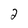
Character: 2